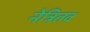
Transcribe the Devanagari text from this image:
नेत्रितव